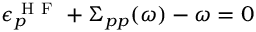
\epsilon _ { p } ^ { \mathrm { ~ H ~ F ~ } } + \Sigma _ { p p } ( \omega ) - \omega = 0